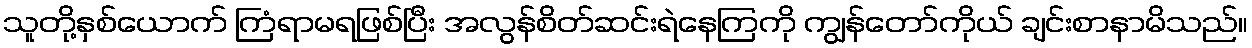
သူတို့နှစ်ယောက် ကြံရာမရဖြစ်ပြီး အလွန်စိတ်ဆင်းရဲနေကြကို ကျွန်တော်ကိုယ် ချင်းစာနာမိသည်။